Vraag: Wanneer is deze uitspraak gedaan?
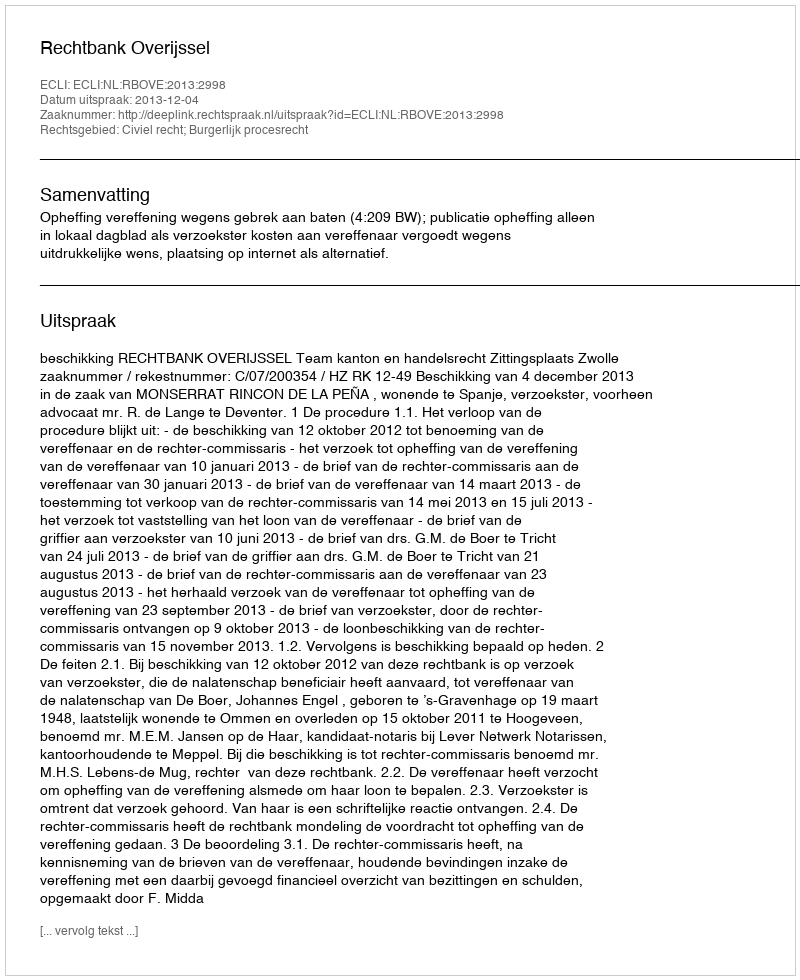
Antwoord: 2013-12-04